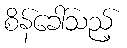
စိန်ခေါ်သည့်